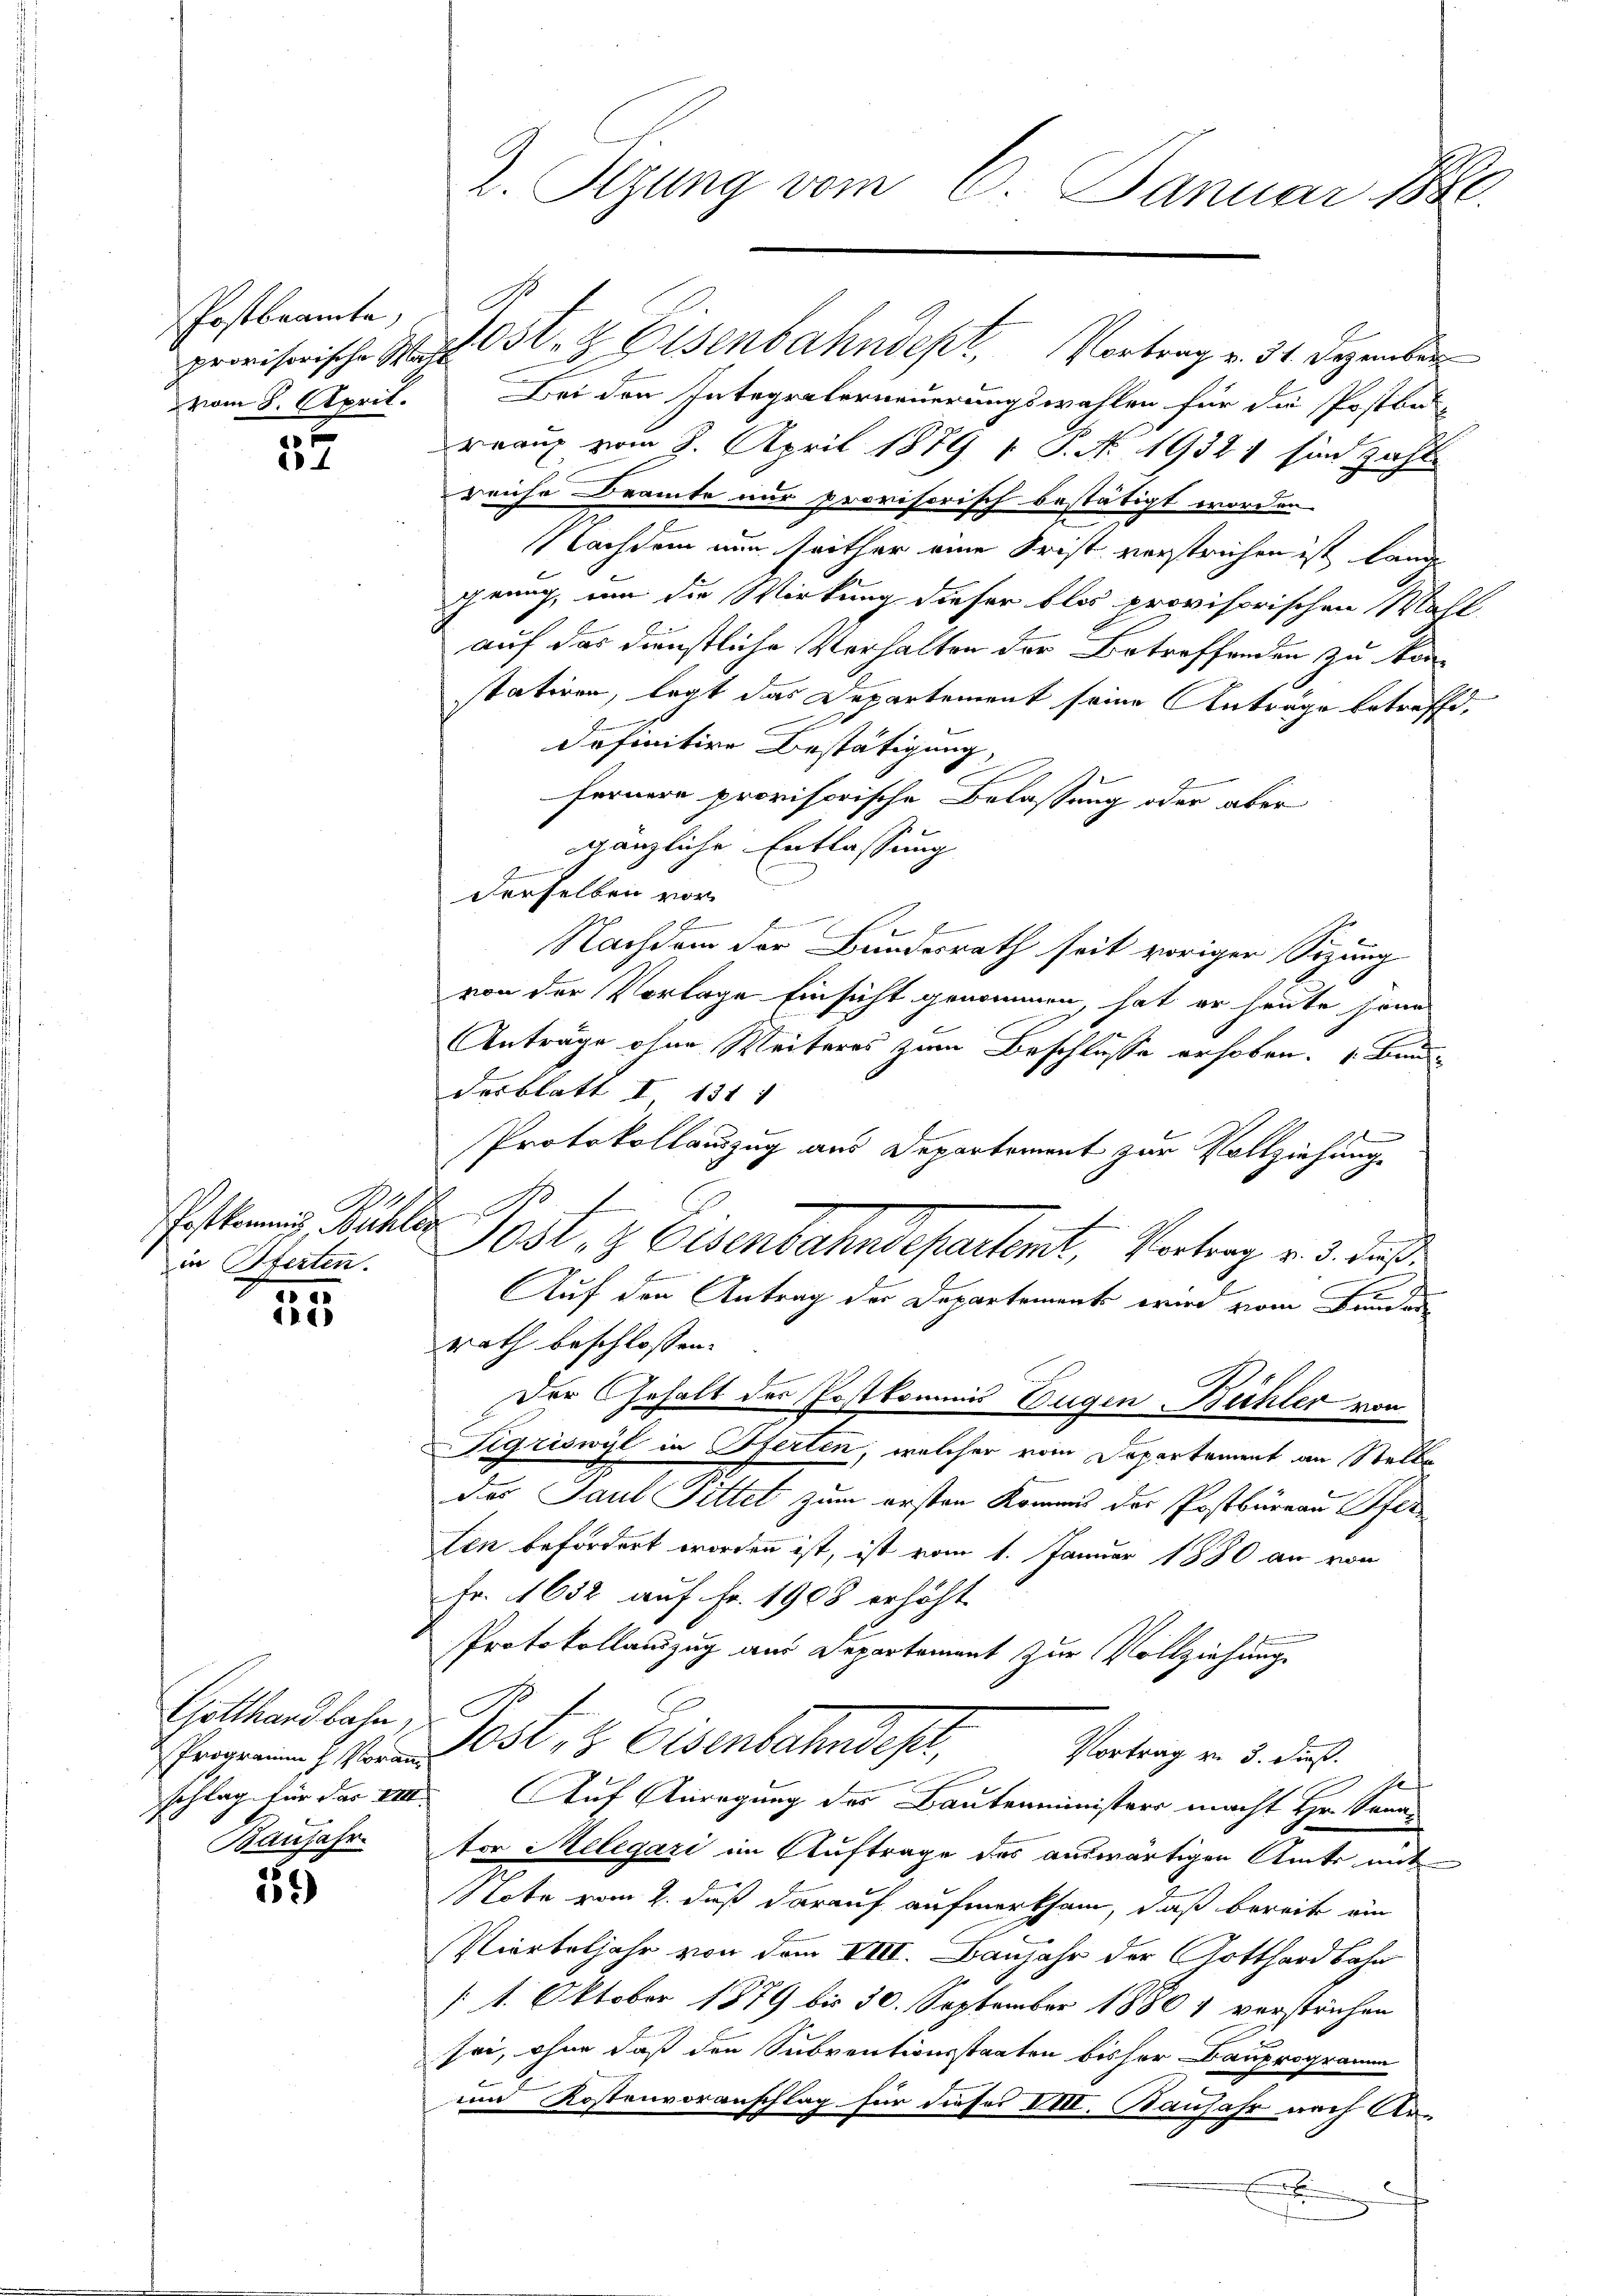
Postbeamte,
vom 8. April.

37

Postkommen, Bühler B
in Pferten.
105

150

Gotthardbahn,
Programm Voran
Banjahr

52)

2. Sizung vom 6. Januar 1880.

provisorische Eisenbahndept, Vortrag v. 31. Dezember
Bei den Integraberneuerungswahlen für die Postbe-
reaux vom 8. April 1879 1. P. N. 19321 sind zahl
reiche Beamte nur provisorisch bestätigt worden
NNachdem nun seither eine Frist verstrichen ist lange
genug, um die Wirkung dieser blos provisorischen Wahl.
auf das dünstliche Verhalten der Betreffenden zu kon
statiren, legt das Departement seine Anträge betreffe,
definitive Bestätigung
fernere provisorische Belassung oder aber
gänzliche Entlassung
derselben vor
2
b
Nachdem der Bundesrath seit voriger Sizung
von der Vorlage Einsicht genommen, hat er heute seine
Anträge ohne Weiteres zum Beschlüsse erhoben. Band-
desblatt I 151 1
Protokollauszug aus Departement zur Vollziehung
t
1032, 2 Eisenbahndepartemt, Vortrag v. 3. daß
Auf den Antrag der Departements wird vom Bunder
rath beschlossen:
Der Gehalt des Postkommis Eugen Bühler von
Sigriswyl in Pferten, welcher vom Departement an Stellades Paul Pittet zum ersten Kommis der Postbüreau Pfer
ten befördert worden ist, ist vom 1. Januar 1880 an von
Fr. 1632 auf Fr. 1908 erhöht.
Protokollauszug aus Departement zur Vollziehung.
C
dest, 3 Eisenbahndest,
Vortrag v. 3. dieß.
10
schlag für das VIII. Auf Anregung des Bautenministers macht Hr. Sanan
ter Melegari im Auftrage des auswärtigen Amts mit
Note vom 2. daß darauf aufmerksam, daß bereite ein
Vierteljahr von dem VIII. Baujahr der Gotthardbahn
/1. Oktober 1879 bis 30. September 1880 & verstrichen
sei, ohne daß den Subventionsstaaten bisher Bauprogramm
und Kostenvoranschlag für dieser VIII. Kaufahr nach Arx